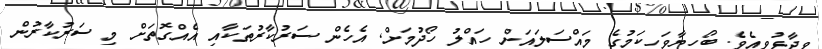
ވިދާޅުވިއެވެ. ބޯހިޔާވަހިކަމުގެ މައްސަލައަށް ހައްލު ހޯދުމަށް